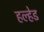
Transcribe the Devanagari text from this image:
हल्हेड